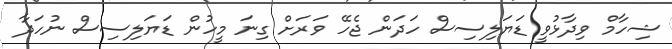
ޝިހާމް ވިދާޅުވީ ޑަޔަލިސިސް ހަދަން ޖެހޭ ވަރަށް ގިނަ މީހުން ޑަޔަލިސިސް ނުހަދާ